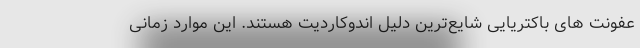
عفونت های باکتریایی شایع‌ترین دلیل اندوکاردیت هستند. این موارد زمانی